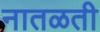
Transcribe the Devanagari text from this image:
नातळती